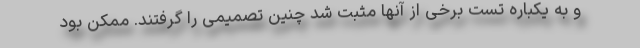
و به یکباره تست برخی از آنها مثبت شد چنین تصمیمی را گرفتند. ممکن بود